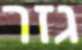
גזר